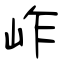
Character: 岞